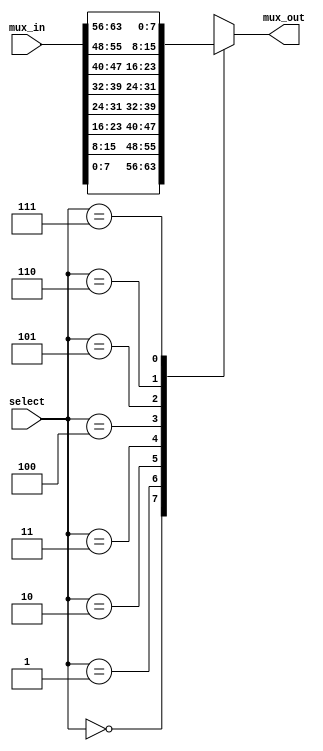
`timescale 1ns / 1ps
//////////////////////////////////////////////////////////////////////////////////
// Company: 
// 
// Design Name: 
// Module Name:    eight_to_one_mux_8bit 
// Project Name: 
// Target Devices: 
// Tool versions: 
// Description: 
//
// Dependencies: 
//
// Revision: 
// Revision 0.01 - File Created
// Additional Comments: 
//
//////////////////////////////////////////////////////////////////////////////////
module eight_to_one_mux_8bit(mux_out,mux_in,select);
	output reg[7:0] mux_out;
	input [63:0]mux_in;
	input [2:0]select;
	
	always @(select, mux_in)
			case(select)
				3'b000:mux_out <= mux_in[7:0];
				3'b001:mux_out <= mux_in[15:8];
				3'b010:mux_out <= mux_in[23:16];
				3'b011:mux_out <= mux_in[31:24];
				3'b100:mux_out <= mux_in[39:32];
				3'b101:mux_out <= mux_in[47:40];
				3'b110:mux_out <= mux_in[55:48];
				3'b111:mux_out <= mux_in[63:56];
			endcase
endmodule